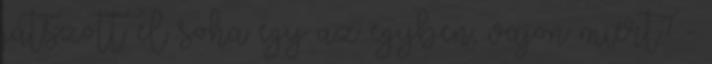
játszott el soha egy az egyben, vajon miért? -